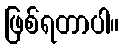
ဖြစ်ရတာပါ။